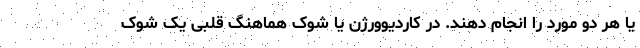
یا هر دو مورد را انجام دهند. در کاردیوورژن یا شوک هماهنگ قلبی یک شوک